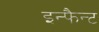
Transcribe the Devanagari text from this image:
इन्फैन्ट